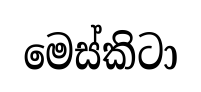
මෙස්කිටා